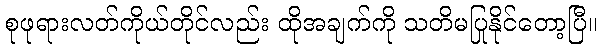
စုဖုရားလတ်ကိုယ်တိုင်လည်း ထိုအချက်ကို သတိမပြုနိုင်တော့ပြီ။